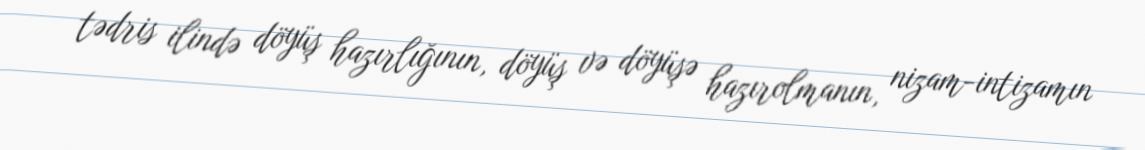
tədris ilində döyüş hazırlığının, döyüş və döyüşə hazırolmanın, nizam-intizamın